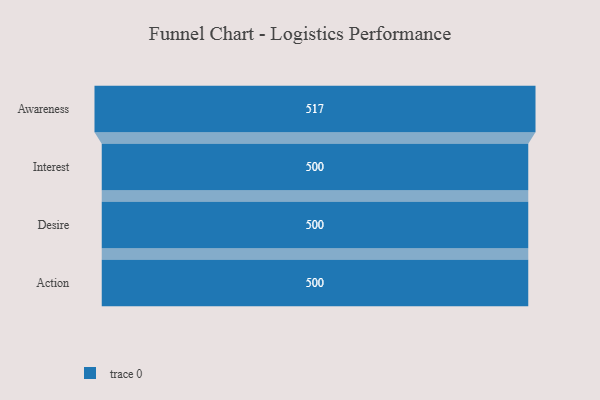
{"axis": {"x": "Stage", "y": "Value"}, "legend": [""], "data": [{"x": "Awareness", "y": 517.0, "type": ""}, {"x": "Interest", "y": 500, "type": ""}, {"x": "Desire", "y": 500, "type": ""}, {"x": "Action", "y": 500, "type": ""}]}